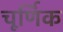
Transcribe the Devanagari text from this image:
चूर्णिक